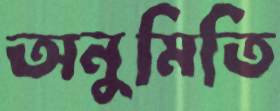
অনুমিতি